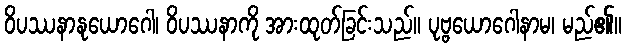
ဝိပဿနာနုယောဂေါ၊ ဝိပဿနာကို အားထုတ်ခြင်းသည်။ ပုဗ္ဗယောဂေါနာမ၊ မည်၏။